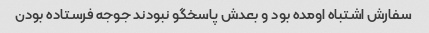
سفارش اشتباه اومده بود و بعدش پاسخگو نبودند جوجه فرستاده بودن